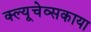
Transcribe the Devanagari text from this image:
क्ल्यूचेव्सकाया